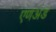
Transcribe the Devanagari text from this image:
एणअड